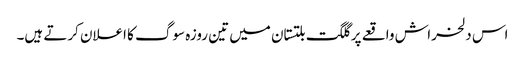
اس دلخراش واقعے پر گلگت بلتستان میں تین روزہ سوگ کا اعلان کرتے ہیں۔